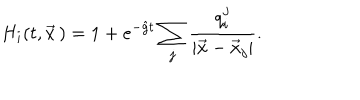
H _ { i } ( t , \vec { x } \, ) = 1 + e ^ { - \hat { g } t } \sum _ { j } { \frac { q _ { i } ^ { j } } { | \vec { x } - \vec { x } _ { j } | } } .